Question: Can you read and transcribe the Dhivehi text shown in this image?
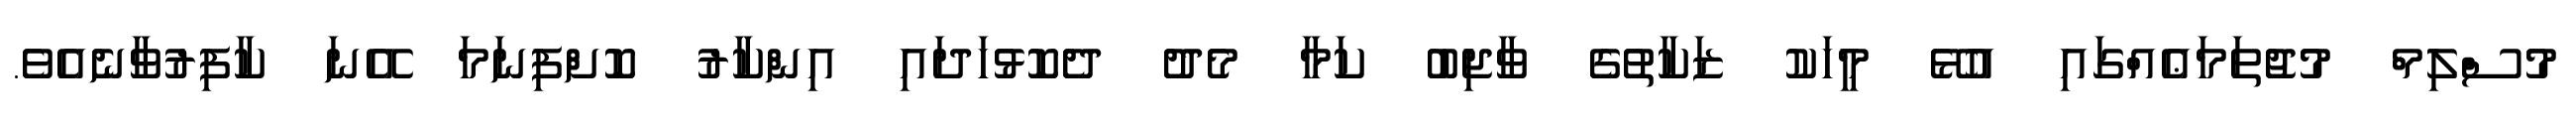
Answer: މުސްލިމް މުޖުތަމަޢެއްގައި އުޅޭ މީހަކު ޒަކާތުގެ ވާޖިބު ކަމާ މެދު ދެކޮޅުހަދައި އިންކާރު ކޮށްފިނަމަ އޭނަ ކާފިރުވާނެއެވެ.